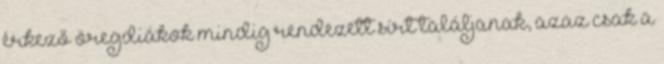
érkező öregdiákok mindig rendezett sírt találjanak, azaz csak a